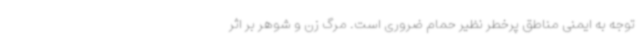
توجه به ایمنی مناطق پرخطر نظیر حمام ضروری است. مرگ زن و شوهر بر اثر